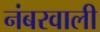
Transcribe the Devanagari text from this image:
नंबरवाली